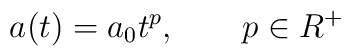
a(t) =a_0 t^p, \qquad p \in R^+